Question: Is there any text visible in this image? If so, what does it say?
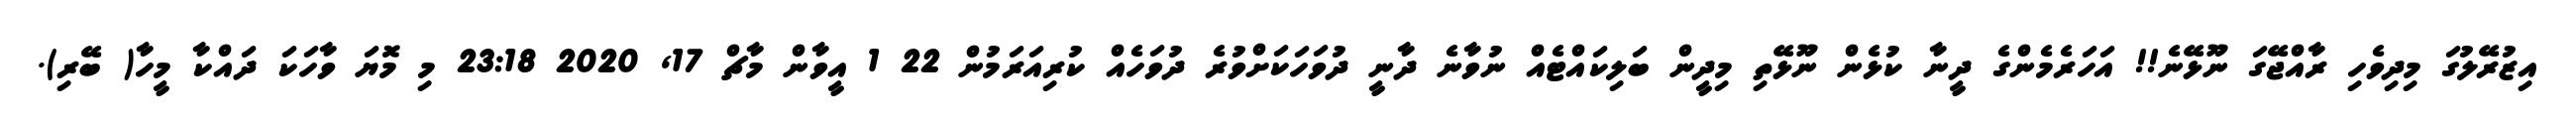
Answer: އިޒުރޭލުގަ މިދިވެހި ރާއްޖޭގަ ނޫޅޭނެ!! އަހަރެމެންގެ ދީނާ ކުޅެން ނޫޅޭތި މިދީން ބަލިކައްޓެއް ނުވާނެ ދާނީ ދުވަހަކަށްވުރެ ދުވަހެއް ކުރިއަރަމުން 22 1 އީވާން މާޗް 17, 2020 23:18 މި މޮޔަ ވާހަކަ ދައްކާ މީހާ( ބޭރި).